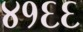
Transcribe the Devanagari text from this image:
४१६६